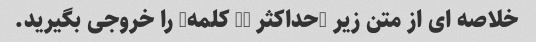
خلاصه ای از متن زیر (حداکثر 30 کلمه) را خروجی بگیرید.